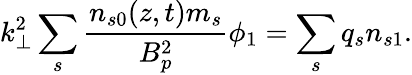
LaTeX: k_{\perp}^{2}\sum_{s}\frac{n_{s0}(z,t)m_{s}}{B_{p}^{2}}\phi_{1}=\sum_{s}q_{s}n_{s1}.